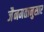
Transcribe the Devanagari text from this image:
जैनमतानुसार